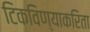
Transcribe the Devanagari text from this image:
टिकविण्याकरिता